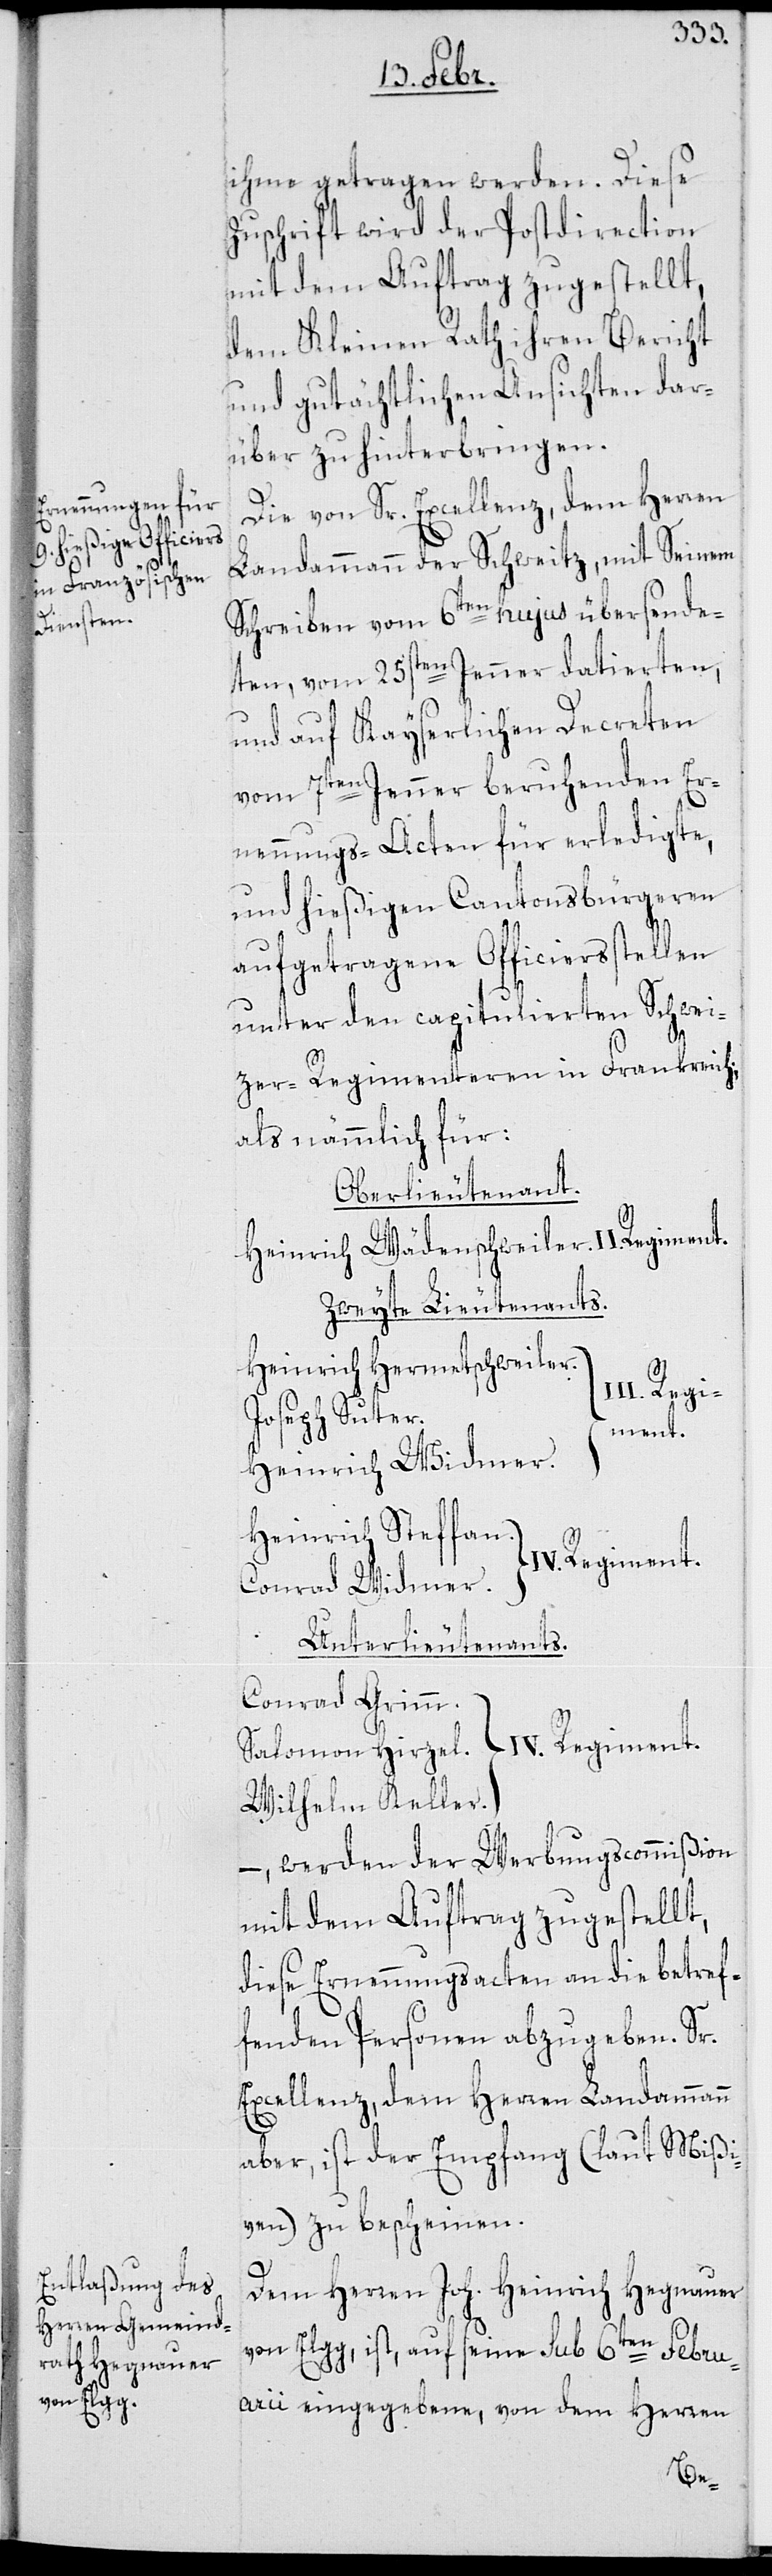
ihme getragen werden.
Zuschrift wird der Postdirection
mit dem Auftrag zugestellt,
dem Kleinen Rath ihren Bericht
und gutächtlichen Ansichten dar¬
über zu hinterbringen.
Die von Sr. Excellenz dem Herren
Landammann der Schweitz, mit Seinem
Schreiben vom 6ten hujus übersende¬
ten, vom 25sten Jenner datierten,
und auf Kayserlichen Decreten
vom 7ten Jenner beruhenden Er¬
nennungs-Acten für erledigte,
und hießigen Cantonsbürgeren
aufgetragene Officiersstellen
unter den capitulierten Schwei¬
zer-Regimenteren in Frankreich;
als nämmlich für:
Oberlieutenant.
Heinrich Wädenschweiler, II. Regiment.
Zweyte Lieutenants.
Heinrich Hermetschweiler,
[III. Regi¬
Joseph Suter,
ment]
Heinrich Widmer.
Heinrich Steffan.
Regiment]
Conrad Widmer.
Unterlieutenants.
Conrad Grimm.
Salomon Hirzel. [IV. Regiment]
Wilhelm Keller.
–werden der Werbungscommißion
mit dem Auftrag zugestellt,
diese Ernennungsacten an die betref¬
fenden Personen abzugeben. Sr.
Excellenz, dem Herren Landammann
aber, ist der Empfang (laut Mißi¬
ven) zu bescheinen.
Dem Herren Joh. Heinrich Hegnauer
von Elgg ist, auf seine sub 6ten Febru¬
arii eingegebene, von dem Herren